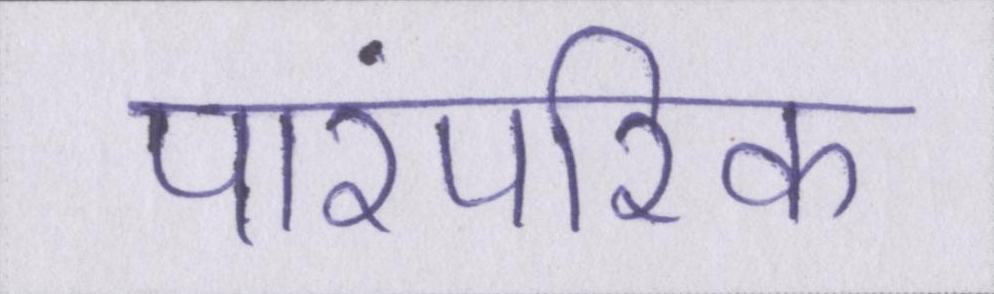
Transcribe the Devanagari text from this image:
पारंपरिक